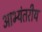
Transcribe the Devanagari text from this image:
आभ्यंतरीय